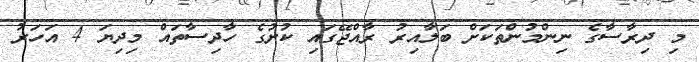
މި ދިރާސާގެ ނިންމުންތަކަށް ބަލާއިރު ރާއްޖޭގައި ކުށުގެ ހާދިސާތައް މިދިޔަ 4 އަހަރު